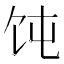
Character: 饨